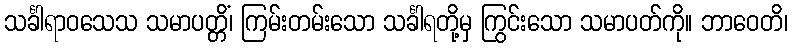
သင်္ခါရာဝသေသ သမာပတ္တိံ၊ ကြမ်းတမ်းသော သင်္ခါရတို့မှ ကြွင်းသော သမာပတ်ကို။ ဘာဝေတိ၊